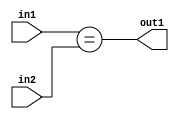
`timescale 1ps / 1ps
/*****************************************************************************
    Verilog RTL Description
    
    
    Created by: Stratus DpOpt 21.05.01 
*******************************************************************************/

module dut_Equal_6Ux5U_1U_4 (
	in2,
	in1,
	out1
	); /* architecture "behavioural" */ 
input [5:0] in2;
input [4:0] in1;
output  out1;
wire  asc001;

assign asc001 = (in1==in2);

assign out1 = asc001;
endmodule

/* CADENCE  urj4TQk= : u9/ySxbfrwZIxEzHVQQV8Q== ** DO NOT EDIT THIS LINE ******/